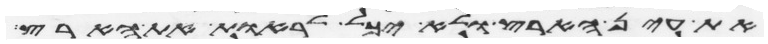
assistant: את עין הארץ ולא יכל לראות את הארץ